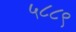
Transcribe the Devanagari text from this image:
५८८९